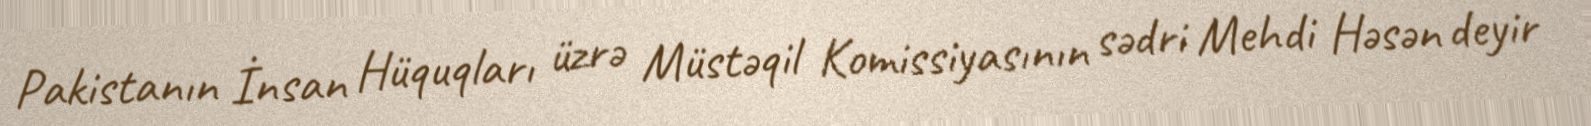
Pakistanın İnsan Hüquqları üzrə Müstəqil Komissiyasının sədri Mehdi Həsən deyir